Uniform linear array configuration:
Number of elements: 16
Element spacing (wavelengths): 1
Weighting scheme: kaiser
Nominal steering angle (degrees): -30
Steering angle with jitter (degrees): -30.692
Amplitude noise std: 0.05
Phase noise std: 0.05

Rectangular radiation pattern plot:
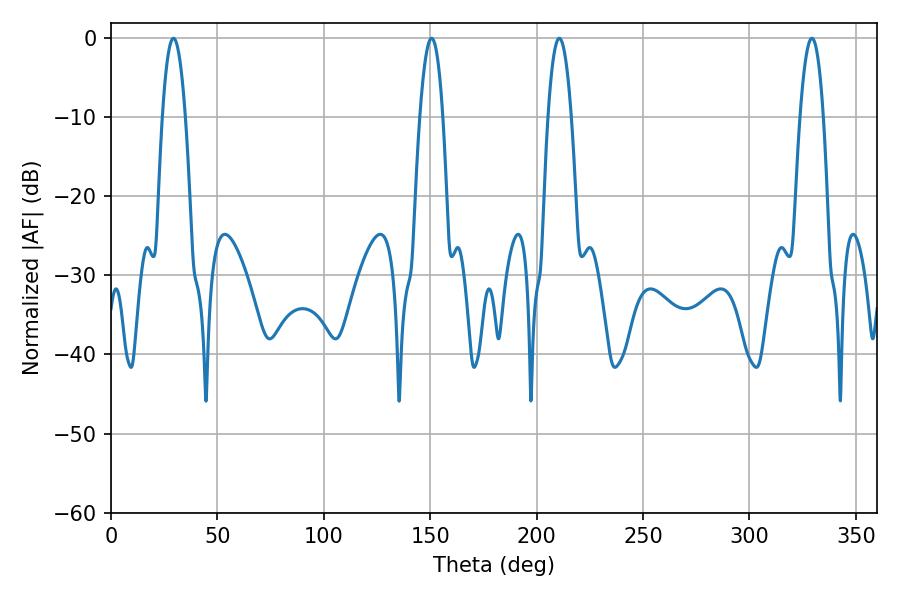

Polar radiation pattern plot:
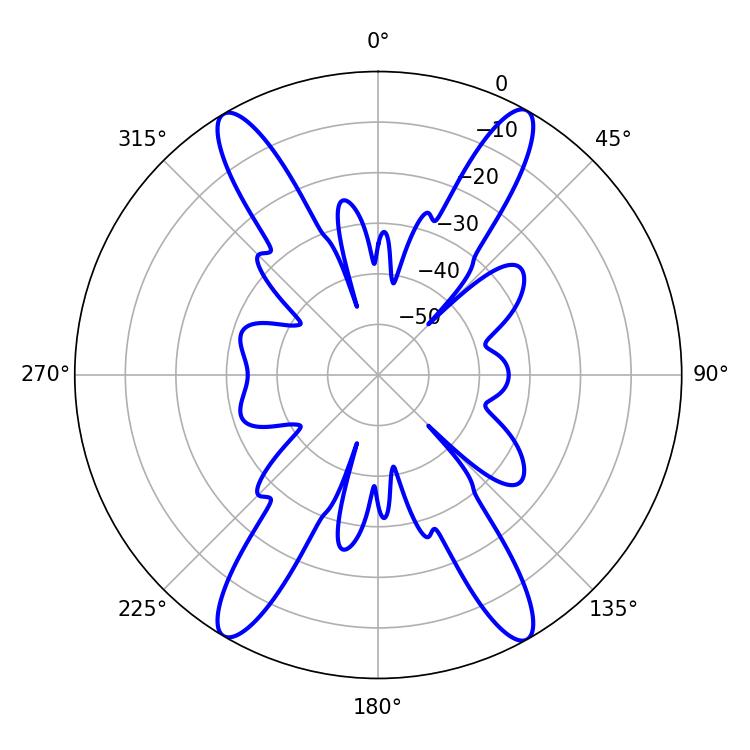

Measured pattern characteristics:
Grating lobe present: TRUE
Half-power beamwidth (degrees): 5.94
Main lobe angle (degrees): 29.34